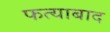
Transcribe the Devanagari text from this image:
फत्याबाद